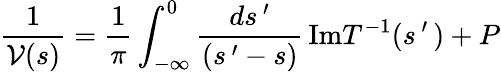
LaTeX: \frac{1}{{\cal V}(s)}=\frac{1}{\pi}\int_{-\infty}^{0}\frac{ds^{\, \prime}}{(s^{\, \prime}-s)}\, \mathrm{Im}T^{-1}(s^{\, \prime}\, )+P